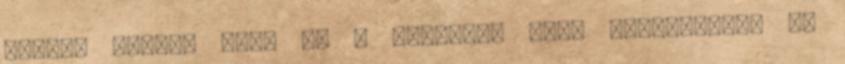
legyen lehet, hogy az ő esetében Ford fejlesztett és